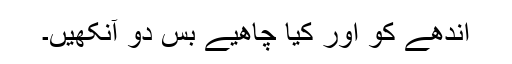
اندھے کو اور کیا چاھیے بس دو آنکھیں۔